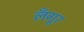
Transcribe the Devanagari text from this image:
लँगूर